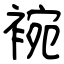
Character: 䘼